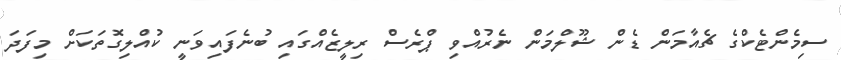
ސިމެންޓެކްގެ ޗެއާމަން ޑެން ޝޫލްމަން ނެރުއްވި ޕްރެސް ރިލީޒެއްގައި ބުނެފައިވަނީ ކުއްލިގޮތަކަށް މިފަދަ